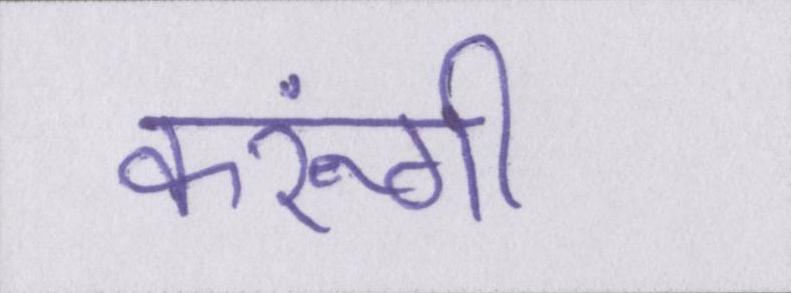
करूंगी